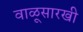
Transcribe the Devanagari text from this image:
वाळूसारखी